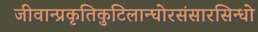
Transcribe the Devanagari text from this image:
जीवान्प्रकृतिकुटिलान्घोरसंसारसिन्धो